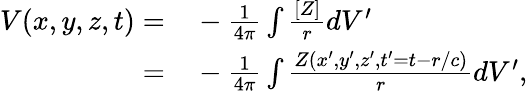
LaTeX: \begin{array}{rl}{{V}(x,y,z,t)=}&{{}-\frac{1}{4\pi}\int\frac{[{Z}]}{r}dV^{\prime}}\\ {=}&{{}-\frac{1}{4\pi}\int\frac{{Z}(x^{\prime},y^{\prime},z^{\prime},t^{\prime}=t-r/c)}{r}dV^{\prime},}\end{array}